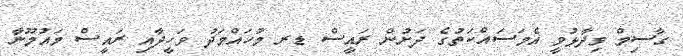
ގާސިމް ވިދާޅުވީ އެމަސައްކަތުގެ ދަށުން ރައީސް ޑރ މުހައްމަދު ވަހީދާއި ރައީސް މައުމޫނާ